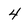
Character: 4